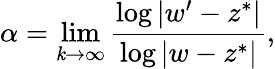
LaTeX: \alpha=\operatorname*{lim}_{\mathit{k}\to\infty}{\frac{{\log|w^{\prime}-z^{*}|}}{{\log|w-z^{*}|}}},